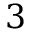
3